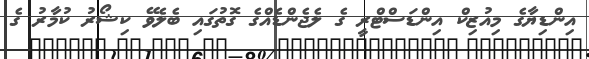
އިންޑިޔާގެ މިއުޒިކް އިންޑަސްޓްރީ ގެ ލެޖެންޑެއްގެ ގޮތުގައި ބެލެވޭ ކިޝޯރު ކުމާރު ގެ